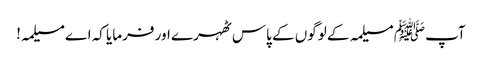
آپﷺ مسیلمہ کے لوگوں کے پاس ٹھہرے اور فرمایا کہ اے مسیلمہ!